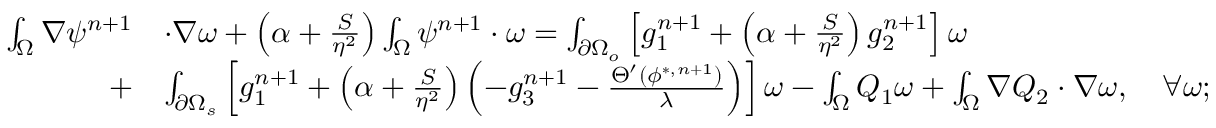
\begin{array} { r l } { \small \int _ { \Omega } \nabla \psi ^ { n + 1 } } & { \cdot \nabla \omega + \left( \alpha + \frac { S } { \eta ^ { 2 } } \right) \int _ { \Omega } \psi ^ { n + 1 } \cdot \omega = \int _ { \partial \Omega _ { o } } \left[ g _ { 1 } ^ { n + 1 } + \left( \alpha + \frac { S } { \eta ^ { 2 } } \right) g _ { 2 } ^ { n + 1 } \right] \omega } \\ { + } & { \int _ { \partial \Omega _ { s } } \left[ g _ { 1 } ^ { n + 1 } + \left( \alpha + \frac { S } { \eta ^ { 2 } } \right) \left( - g _ { 3 } ^ { n + 1 } - \frac { \Theta ^ { \prime } ( \phi ^ { * , n + 1 } ) } { \lambda } \right) \right] \omega - \int _ { \Omega } Q _ { 1 } \omega + \int _ { \Omega } \nabla Q _ { 2 } \cdot \nabla \omega , \quad \forall \omega ; } \end{array}